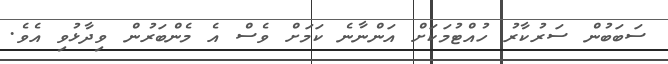
ސަބަބުން ސަރުކާރު ހުއްޓުމަކަށް އަންނާނެ ކަމަށް ވެސް އެ މެންބަރުން ވިދާޅުވި އެވެ.